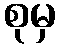
စုမှ